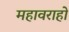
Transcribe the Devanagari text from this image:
महावराहो